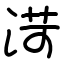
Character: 渮